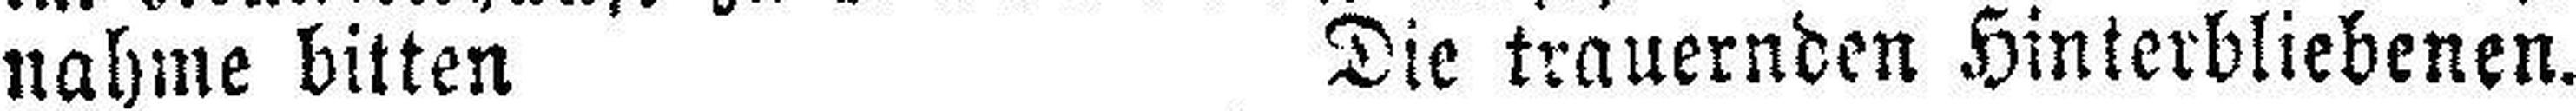
nahme bitten Die trauernden Hinterbliebenen.